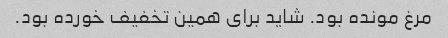
مرغ مونده بود. شاید برای همین تخفیف خورده بود.